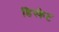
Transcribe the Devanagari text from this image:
डिस्केट